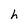
Character: h